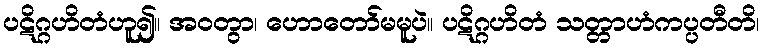
ပဋိဂ္ဂဟိတံဟူ၍။ အဝတွာ၊ ဟောတော်မမူပဲ။ ပဋိဂ္ဂဟိတံ သတ္တာဟံကပ္ပတီတိ၊